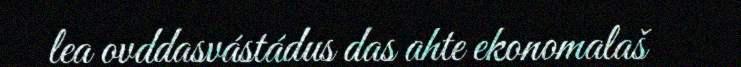
lea ovddasvástádus das ahte ekonomalaš